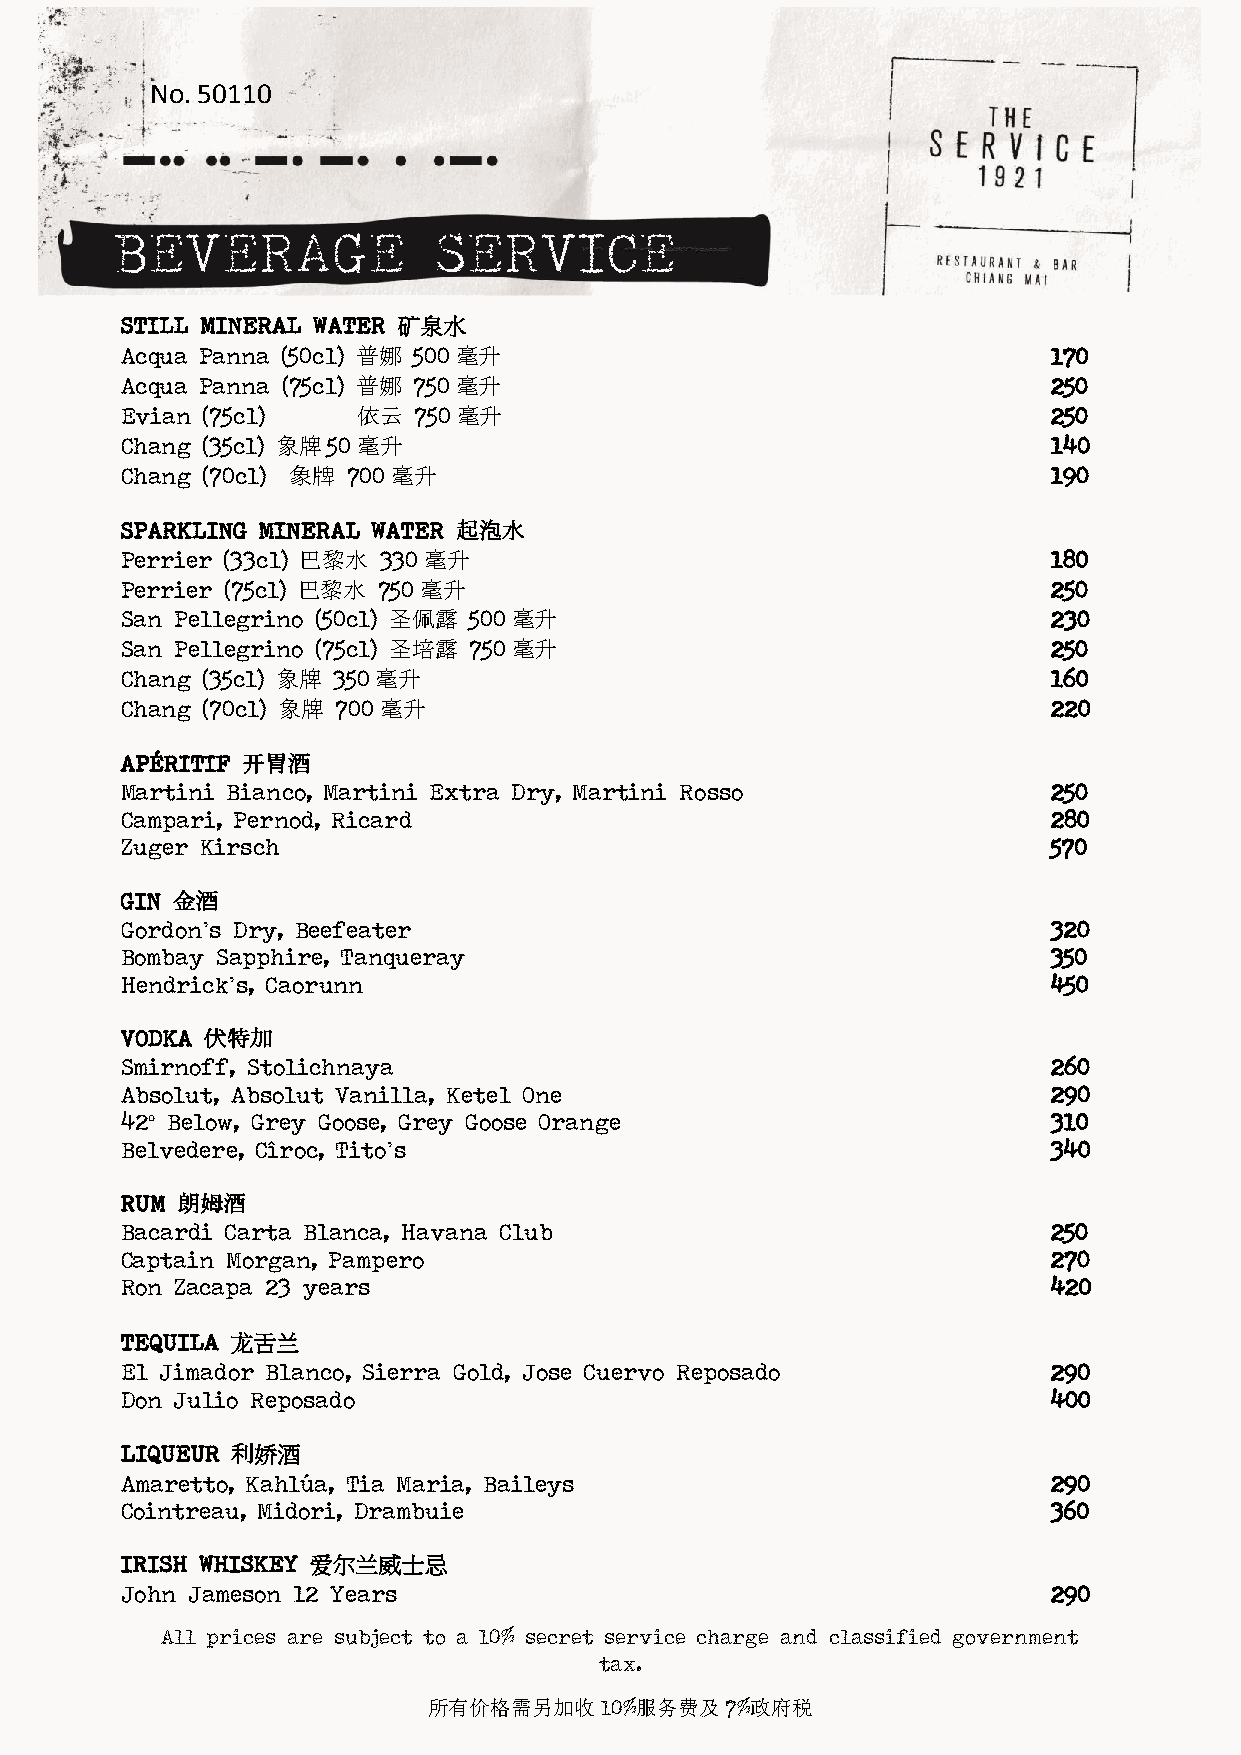
No. 50110
 BEVERAGE              SERVICE
 STILL MINERAL WATER 矿泉水
 Acqua Panna (50cl) 普娜 500 毫升                                  170
 Acqua Panna (75cl) 普娜 750 毫升                                  250
 Evian (75cl)    依云 750 毫升                                     250
 Chang (35cl) 象牌50毫升                                           140
 Chang (70cl) 象牌 700 毫升                                        190
 SPARKLING MINERAL WATER 起泡水
 Perrier (33cl) 巴黎水 330 毫升                                     180
 Perrier (75cl) 巴黎水 750 毫升                                     250
 San Pellegrino (50cl) 圣佩露 500 毫升                              230
 San Pellegrino (75cl) 圣培露 750 毫升                              250
 Chang (35cl) 象牌 350毫升                                         160
 Chang (70cl) 象牌 700 毫升                                        220
 APÉRITIF 开胃酒
 Martini Bianco, Martini Extra Dry, Martini Rosso              250
 Campari, Pernod, Ricard                                       280
 Zuger Kirsch                                                  570
 GIN 金酒
 Gordon’s Dry, Beefeater                                       320
 Bombay Sapphire, Tanqueray                                    350
 Hendrick’s, Caorunn                                           450
 VODKA 伏特加
 Smirnoff, Stolichnaya                                         260
 Absolut, Absolut Vanilla, Ketel One                           290
 42° Below, Grey Goose, Grey Goose Orange                      310
 Belvedere, Cîroc, Tito’s                                      340
 RUM 朗姆酒
 Bacardi Carta Blanca, Havana Club                             250
 Captain Morgan, Pampero                                       270
 Ron Zacapa 23 years                                           420
 TEQUILA 龙舌兰
 El Jimador Blanco, Sierra Gold, Jose Cuervo Reposado          290
 Don Julio Reposado                                            400
 LIQUEUR 利娇酒
 Amaretto, Kahlúa, Tia Maria, Baileys                          290
 Cointreau, Midori, Drambuie                                   360
 IRISH WHISKEY 爱尔兰威士忌
 John Jameson 12 Years                                         290
 All prices are subject to a 10% secret service charge and classified government
 tax.
 所有价格需另加收10%服务费及7%政府税